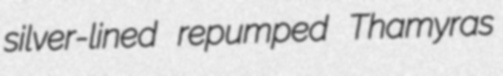
silver-lined repumped Thamyras